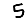
Digit: 5